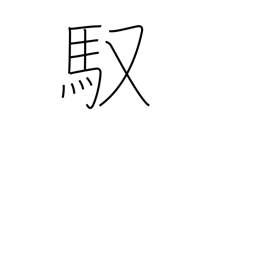
Meaning: driving (horse)